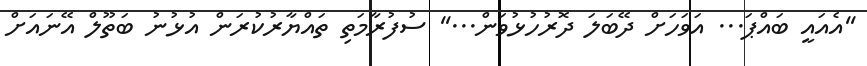
''އެއައީ ބައްޕަ... އަވަހަށް ދޭބަލަ ދޮރުހުޅުވަން...'' ސުފުރާމަތި ތައްޔާރުކުރަން އުޅުނު ބަތޫލް އޭނައަށް